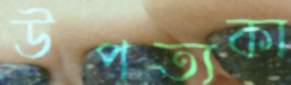
উপত্যকা